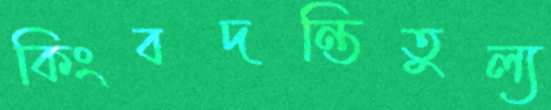
কিংবদন্তিতুল্য